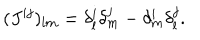
( J ^ { i j } ) _ { l m } = \delta _ { l } ^ { i } \delta _ { m } ^ { j } - \delta _ { m } ^ { i } \delta _ { l } ^ { j } .